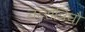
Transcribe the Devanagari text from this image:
तत्सन्निघौ